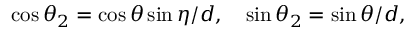
\cos { \theta _ { 2 } } = \cos { \theta } \sin { \eta } / d , \quad \sin { \theta _ { 2 } } = \sin { \theta } / d ,